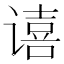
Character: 𫍻